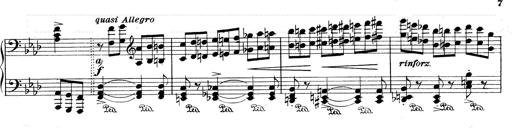
Title: Weinen, Klagen, Sorgen, Zagen
Composer: Franz Liszt